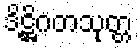
ဒိဋ္ဌိဂတသုတ္တ